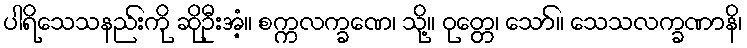
ပါရိသေသနည်းကို ဆိုဦးအံ့။ စက္ကလက္ခဏေ၊ သို့။ ဝုတ္တေ၊ သော်။ သေသလက္ခဏာနိ၊